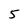
Character: 5